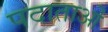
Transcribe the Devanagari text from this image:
पदाताओं